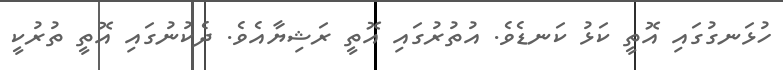
ހުޅަނގުގައި އޮތީ ކަޅު ކަނޑެވެ. އުތުރުގައި އޮތީ ރަޝިޔާއެވެ. ދެކުނުގައި އޮތީ ތުރުކީ